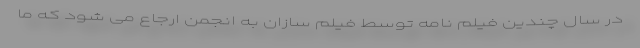
در سال چندین فیلم نامه توسط فیلم سازان به انجمن ارجاع می شود که ما